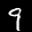
Label: 9